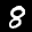
Label: 8